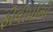
ફીલીપીની